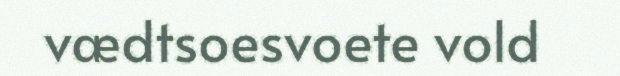
vædtsoesvoete vold